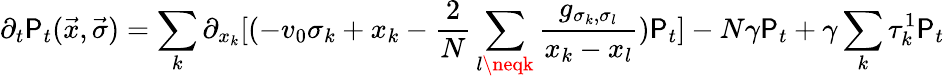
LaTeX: \partial_{t}{\cal\mathsf{P}}_{t}(\vec{{x}},\vec{{\sigma}})=\sum_{k}\partial_{x_{k}}[(-v_{0}\sigma_{k}+x_{k}-\frac{{2}}{{N}}\sum_{l\neqk}\frac{{g_{\sigma_{k},\sigma_{l}}}}{{x_{k}-x_{l}}}){\cal\mathsf{P}}_{t}]-N\gamma{\cal\mathsf{P}}_{t}+\gamma\sum_{k}\tau_{k}^{1}{\cal\mathsf{P}}_{t}